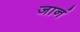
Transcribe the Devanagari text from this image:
जानं